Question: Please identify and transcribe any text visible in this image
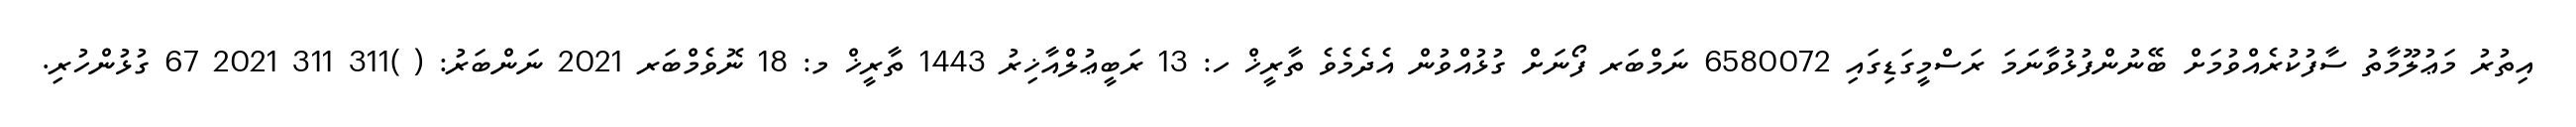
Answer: އިތުރު މަޢުލޫމާތު ސާފުކުރެއްވުމަށް ބޭނުންފުޅުވާނަމަ ރަސްމީގަޑިގައި 6580072 ނަމްބަރ ފޯނަށް ގުޅުއްވުން އެދެމެވެ ތާރީޚް ހ: 13 ރަބީޢުލްއާޚިރު 1443 ތާރީޚް މ: 18 ނޮވެމްބަރ 2021 ނަންބަރު: ( )311 311 2021 67 ގުޅުންހުރި.